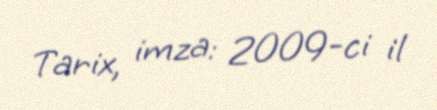
Tarix, imza: 2009-ci il